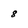
Character: 8